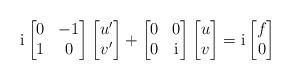
LaTeX: \begin{align*} \mathrm{i}\begin{bmatrix} 0 & -1 \\ 1 & 0 \end{bmatrix} \begin{bmatrix} u' \\ v' \end{bmatrix} + \begin{bmatrix} 0 & 0\\ 0& \mathrm{i}\end{bmatrix} \begin{bmatrix} u\\ v \end{bmatrix} = \mathrm{i}\begin{bmatrix} f\\ 0\end{bmatrix} \end{align*}